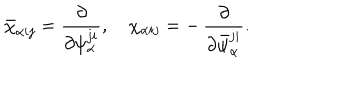
LaTeX: \bar { \chi } _ { \alpha i j } = \frac { \partial } { \partial \psi _ { \alpha } ^ { j i } } , ~ \chi _ { \alpha i j } = - \, \frac { \partial } { \partial \bar { \psi } _ { \alpha } ^ { j i } } .